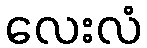
လေးလံ